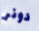
دونر